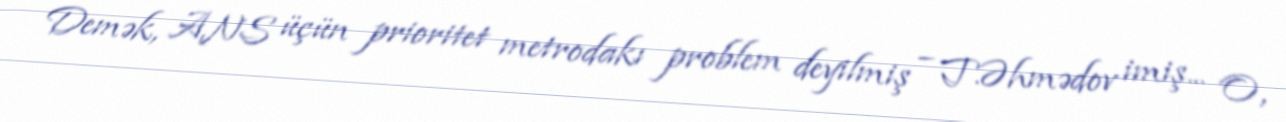
Demək, ANS üçün prioritet metrodakı problem deyilmiş – T.Əhmədov imiş... O,